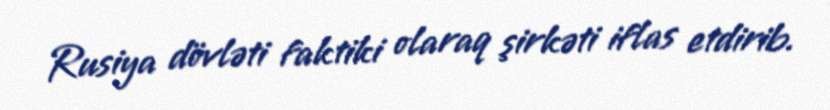
Rusiya dövləti faktiki olaraq şirkəti iflas etdirib.